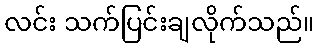
လင်း သက်ပြင်းချလိုက်သည်။